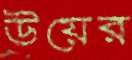
উয়ের